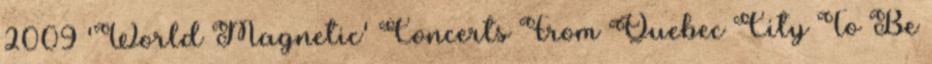
2009 'World Magnetic' Concerts From Quebec City To Be